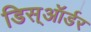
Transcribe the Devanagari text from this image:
डिस्ऑर्डर